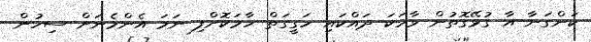
ކަންގަނާ އާ ގުޅޭގޮތުން ވާހަކަ ދައްކައި ހަގީގަތް ހާމަކޮށްފި ނަމަ އެންމެނަށް ސިހުން